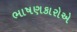
ભાષણકારોએ